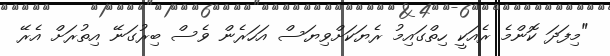
"މިފަދަ ކޮންމެ ރެއަކީ ހިތްގައިމު ރެޔަކަށްވިޔަސް އަހަރެން ވެސް ބިރުގަނޭ އިތުރަށް އެރޭ